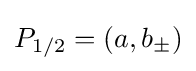
P_{1/2}=(a,b_{\pm })